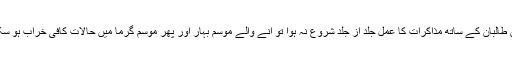
اگر افغان طالبان کے ساتھ مذاکرات کا عمل جلد از جلد شروع نہ ہوا تو آنے والے موسم بہار اور پھر موسم گرما میں حالات کافی خراب ہو سکتے ہیں۔